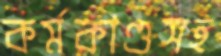
কর্মকাণ্ডসহ